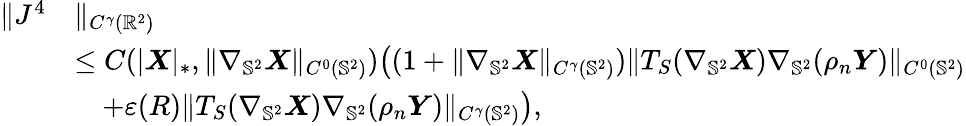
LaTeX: \begin{array}{rl}{\| J^{4}}&{\| _{C^{\gamma}(\mathbb{R}^{2})}}\\ &{\leq C(|\boldsymbol{X}|_{*},\| \nabla_{\mathbb{S}^{2}}\boldsymbol{X}\| _{C^{0}(\mathbb{S}^{2})})\big((1+\| \nabla_{\mathbb{S}^{2}}\boldsymbol{X}\| _{C^{\gamma}(\mathbb{S}^{2})})\| T_{S}(\nabla_{\mathbb{S}^{2}}\boldsymbol{X})\nabla_{\mathbb{S}^{2}}(\rho_{n}\boldsymbol{Y})\| _{C^{0}(\mathbb{S}^{2})}}\\ &{\quad+\varepsilon(R)\| T_{S}(\nabla_{\mathbb{S}^{2}}\boldsymbol{X})\nabla_{\mathbb{S}^{2}}(\rho_{n}\boldsymbol{Y})\| _{C^{\gamma}(\mathbb{S}^{2})}\big),}\end{array}